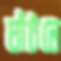
ঘাঁটলে